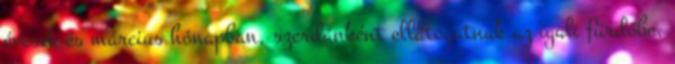
évesek és március hónapban, szerdánként ellátogatnak az igali fürdőbe,